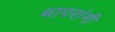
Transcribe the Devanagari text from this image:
थापरांनी